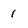
Character: 1